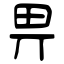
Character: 畀